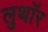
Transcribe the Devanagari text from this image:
लुथाॅर